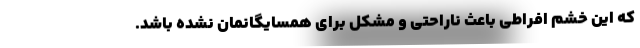
که این خشم افراطی باعث ناراحتی و مشکل برای همسایگانمان نشده باشد.